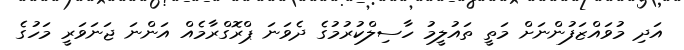
އަދި މުވައްޒަފުންނަށް މަތީ ތައުލީމު ހާސިލްކުރުމުގެ ދެވަނަ ޕްރޮގްރާމެއް އަންނަ ޖަނަވަރީ މަހުގެ